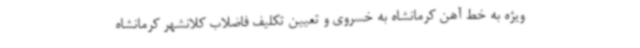
ویژه به خط آهن کرمانشاه به خسروی و تعیین تکلیف فاضلاب کلانشهر کرمانشاه